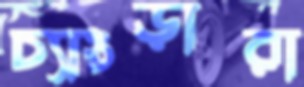
চ্যাংড়ারা